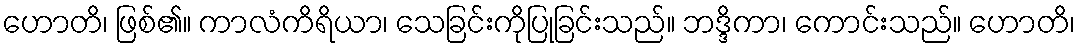
ဟောတိ၊ ဖြစ်၏။ ကာလံကိရိယာ၊ သေခြင်းကိုပြုခြင်းသည်။ ဘဒ္ဒိကာ၊ ကောင်းသည်။ ဟောတိ၊